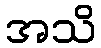
အသိ